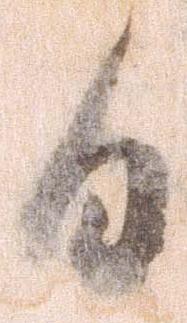
日